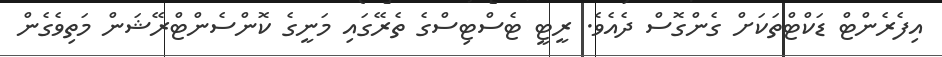
އިފެރެންޓް ޑަކްޓްތަކަށް ގެންގޮސް ދެއެވެ. ރީޓީ ޓެސްޓިސްގެ ތެރޭގައި މަނީގެ ކޮންސެންޓްރޭޝަން މަތިވެގެން